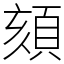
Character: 頦